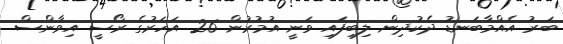
ބަރު އެއްމާބަނޑު ދެކުދިން ލިބިފައި ވަނީ އުމުރުން 26 އަހަރުގެ ރޯސީ އިވާންސް